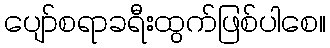
ပျော်စရာခရီးထွက်ဖြစ်ပါစေ။